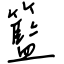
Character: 籃